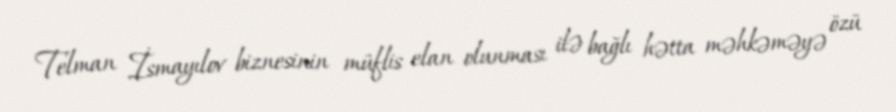
Telman İsmayılov biznesinin müflis elan olunması ilə bağlı hətta məhkəməyə özü